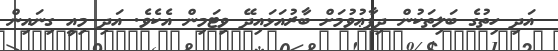
އަދި ހިތުގެ ބަލިތަކުން ދިފާޢުވުމަށް ބާރުއަޅައިދޭ ވިޓަމިން އެކެވެ. އަދި މިއީ ގިނައިން